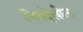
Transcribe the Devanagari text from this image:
चित्रदेखील